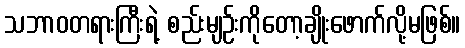
သဘာဝတရားကြီးရဲ့ စည်းမျဉ်းကိုတော့ချိုးဖောက်လို့မဖြစ်။